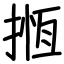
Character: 揯